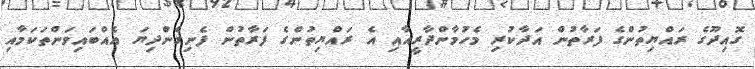
ގޮއިދޫގެ ރައްޔިތުންގެ ފަރާތުން އަދާކުރި މެހުމާންދާރީއާއި އެ ރައްޔިތުންގެ ފަރާތުން ފެނިގެންދިޔަ އެއްބައިވަންތަކަމާއި